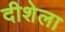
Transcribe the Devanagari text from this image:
दीशेला